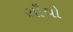
સાઁચો